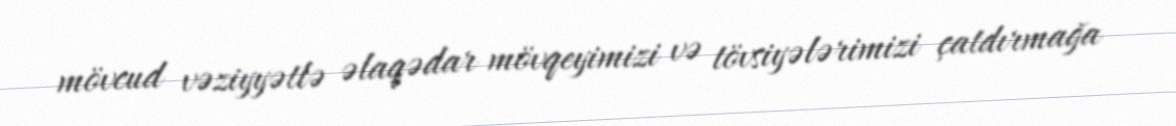
mövcud vəziyyətlə əlaqədar mövqeyimizi və tövsiyələrimizi çatdırmağa